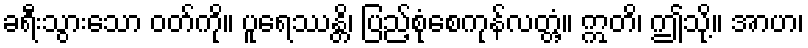
ခရီးသွားသော ဝတ်ကို။ ပူရေဿန္တိ၊ ပြည့်စုံစေကုန်လတ္တံ့။ ဣတိ၊ ဤသို့။ အာဟ၊